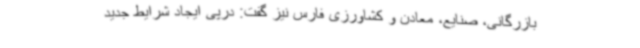
بازرگانی، صنایع، معادن و کشاورزی فارس نیز گفت: درپی ایجاد شرایط جدید